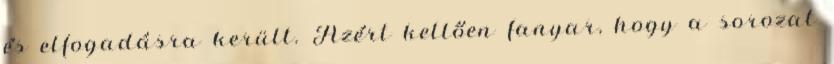
és elfogadásra került. Azért kellően fanyar, hogy a sorozat